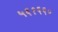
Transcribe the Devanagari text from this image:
५६१६६०